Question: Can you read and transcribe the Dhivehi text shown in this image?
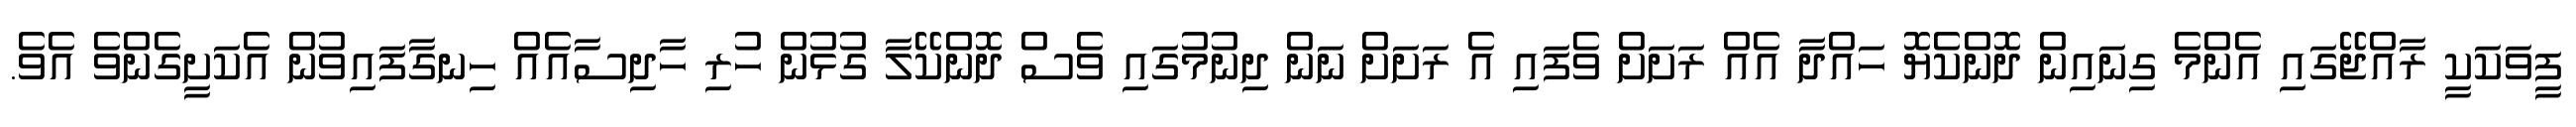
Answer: ފީވަކަކީ ރާއްޖޭގައި އެންމެ ގިނައިން ދޮންކެޔޮ ހައްދާ އެއް ރަށަށް ވެފައި އެ ރަށަށް ނަން ދިނުމުގައި ވެސް ދޮންކޭލާ ގުޅުން ހުރި ހާދިސާއެއް ހިނގާފައިވުން އެކަށީގެންވެ އެވެ.